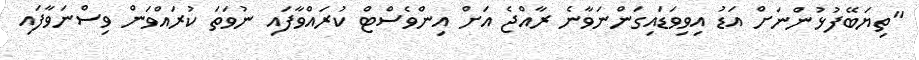
"ތިޔަބޭފުޅުންނަށް އަޑު އިވިވަޑައިގަންނަވާނެ ރާއްޖެ އަށް އިންވެސްޓް ކުރައްވާފައި ނުވަތަ ކުރައްވަން ވިސްނަވާފައި